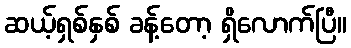
ဆယ့်ရှစ်နှစ် ခန့်တော့ ရှိလောက်ပြီ။